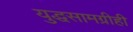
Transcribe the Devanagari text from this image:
युद्धसामग्रीही